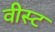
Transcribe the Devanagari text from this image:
वीस्ट